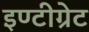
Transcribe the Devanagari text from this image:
इण्टीग्रेट